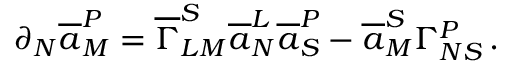
\partial _ { N } \overline { { { a } } } _ { M } ^ { P } = \overline { { { \Gamma } } } _ { L M } ^ { S } \overline { { { a } } } _ { N } ^ { L } \overline { { { a } } } _ { S } ^ { P } - \overline { { { a } } } _ { M } ^ { S } \Gamma _ { N S } ^ { P } \, .